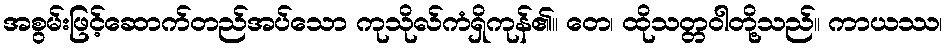
အစွမ်းဖြင့်ဆောက်တည်အပ်သော ကုသိုလ်ကံရှိကုန်၏။ တေ၊ ထိုသတ္တဝါတို့သည်။ ကာယဿ၊